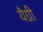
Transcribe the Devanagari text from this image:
यैग्नी